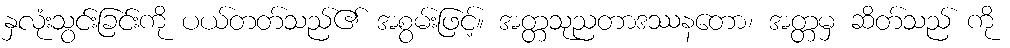
နှလုံးသွင်းခြင်းကို ပယ်တတ်သည်၏ အစွမ်းဖြင့်။ အတ္တသုညတာဒဿနတော၊ အတ္တမှ ဆိတ်သည် ကို